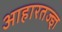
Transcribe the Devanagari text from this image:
आहारतज्ज्ञ